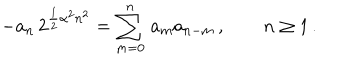
- a _ { n } \, 2 ^ { { \frac { 1 } { 2 } } \alpha ^ { 2 } n ^ { 2 } } = \sum _ { m = 0 } ^ { n } \, a _ { m } a _ { n - m } \, , \qquad n \geq 1 \, .